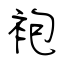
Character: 袍